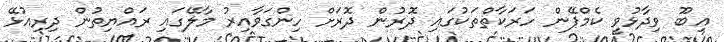
އިބޫ ވިދާޅުވީ ކެމްޕޭން ހަރަކާތްތަކުގައި ދޮރުން ދޮރަށް ހިންގަވާއިރު މާލޭގައި ރައްޔިތުން ދިރިއުޅޭ